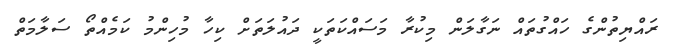
ރައްޔިތުންގެ ހައްގުތައް ނަގާލަން މިކުރާ މަސައްކަތަކީ ދައުލަތަށް ކިހާ މުހިންމު ކަމެއްތޯ ސަލާމަތް